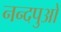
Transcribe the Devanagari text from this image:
नन्दपुओ